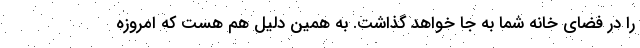
را در فضای خانه شما به جا خواهد گذاشت. به همین دلیل هم هست که امروزه